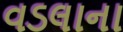
વડલાના